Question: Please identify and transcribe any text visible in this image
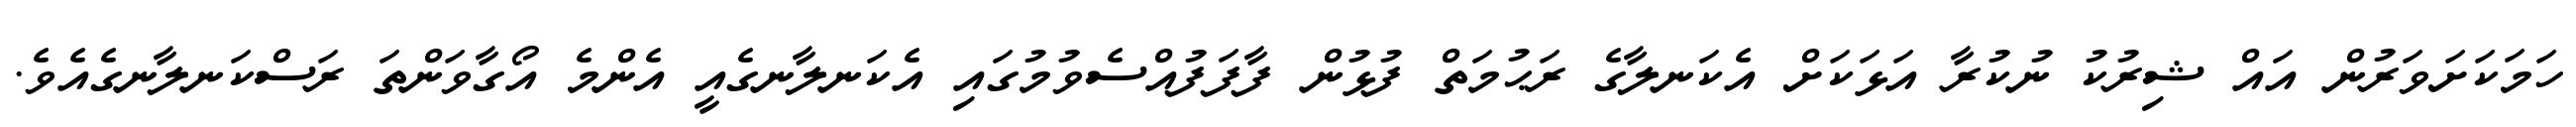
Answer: ހަމަކަށަވަރުން އައް ޝިރުކު ނުކުރާ އަޅަކަށް އެކަނލާގެ ރަޙުމަތް ފުޅުން ފާފަފުއްސެވުމުގައި އެކަނލާނގެއީ އެންމެ އޯގާވަންތަ ރަސްކަނލާނގެއެވެ.